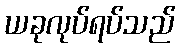
ယခုလုပ်ရပ်သည်